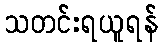
သတင်းရယူရန်